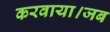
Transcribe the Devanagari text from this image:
करवाया।जब